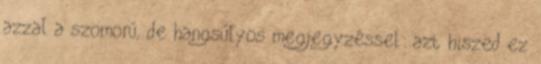
azzal a szomorú, de hangsúlyos megjegyzéssel: azt hiszed ez